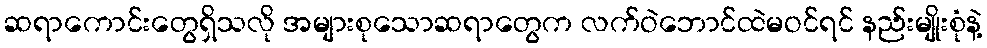
ဆရာကောင်းတွေရှိသလို အများစုသောဆရာတွေက လက်ဝဲဘောင်ထဲမဝင်ရင် နည်းမျိုးစုံနဲ့